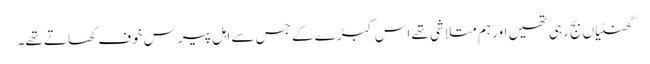
گھنٹیاں بج رہی تھیں اور ہم متلاشی تھے اس کبڑے کے جس سے اہل پیرس خوف کھاتے تھے۔